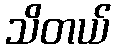
သိတယ်